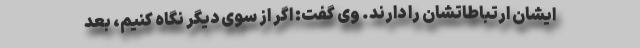
ایشان ارتباطاتشان را دارند. وی گفت: اگر از سوی دیگر نگاه کنیم، بعد